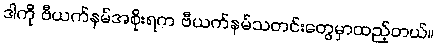
ဒါကို ဗီယက်နမ်အစိုးရက ဗီယက်နမ်သတင်းတွေမှာထည့်တယ်။